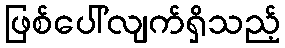
ဖြစ်ပေါ်လျက်ရှိသည့်